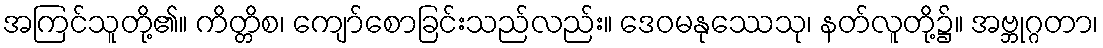
အကြင်သူတို့၏။ ကိတ္တိစ၊ ကျော်စောခြင်းသည်လည်း။ ဒေဝမနုဿေသု၊ နတ်လူတို့၌။ အဗ္ဘုဂ္ဂတာ၊